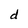
Character: d